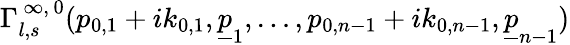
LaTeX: \Gamma_{l,s}^{\, \infty,\, 0}(p_{0,1}+ik_{0,1},\underline{{{p}}}_{1},\ldots,p_{0,n-1}+ik_{0,n-1},\underline{{{p}}}_{n-1})